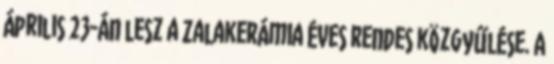
Április 23-án lesz a Zalakerámia éves rendes közgyűlése. A